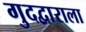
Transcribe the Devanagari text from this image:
गुदद्वाराला